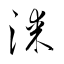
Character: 漆